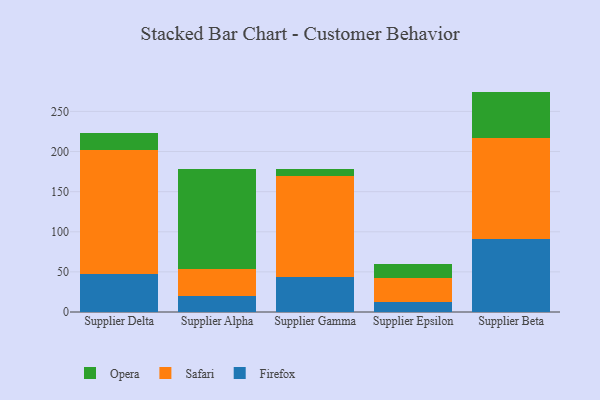
{"axis": {"x": "Supplier", "y": "Inventory Turnover"}, "legend": ["Firefox", "Opera", "Safari"], "data": [{"x": "Supplier Delta", "y": 47.3, "type": "Firefox"}, {"x": "Supplier Delta", "y": 155.0, "type": "Safari"}, {"x": "Supplier Delta", "y": 20.6, "type": "Opera"}, {"x": "Supplier Alpha", "y": 19.6, "type": "Firefox"}, {"x": "Supplier Alpha", "y": 33.5, "type": "Safari"}, {"x": "Supplier Alpha", "y": 125.2, "type": "Opera"}, {"x": "Supplier Gamma", "y": 44.0, "type": "Firefox"}, {"x": "Supplier Gamma", "y": 126.1, "type": "Safari"}, {"x": "Supplier Gamma", "y": 7.9, "type": "Opera"}, {"x": "Supplier Epsilon", "y": 13.0, "type": "Firefox"}, {"x": "Supplier Epsilon", "y": 29.6, "type": "Safari"}, {"x": "Supplier Epsilon", "y": 17.8, "type": "Opera"}, {"x": "Supplier Beta", "y": 90.9, "type": "Firefox"}, {"x": "Supplier Beta", "y": 125.9, "type": "Safari"}, {"x": "Supplier Beta", "y": 57.9, "type": "Opera"}]}